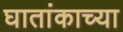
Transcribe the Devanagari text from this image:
घातांकाच्या